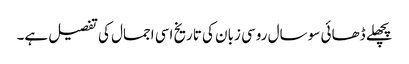
پچھلے ڈھائی سو سال روسی زبان کی تاریخ اسی اجمال کی تفصیل ہے۔